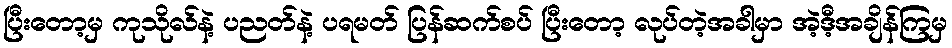
ပြီးတော့မှ ကုသိုလ်နဲ့ ပညတ်နဲ့ ပရမတ် ပြန်ဆက်စပ် ပြီးတော့ လုပ်တဲ့အခါမှာ အဲ့ဒီ့အချိန်ကြမှ